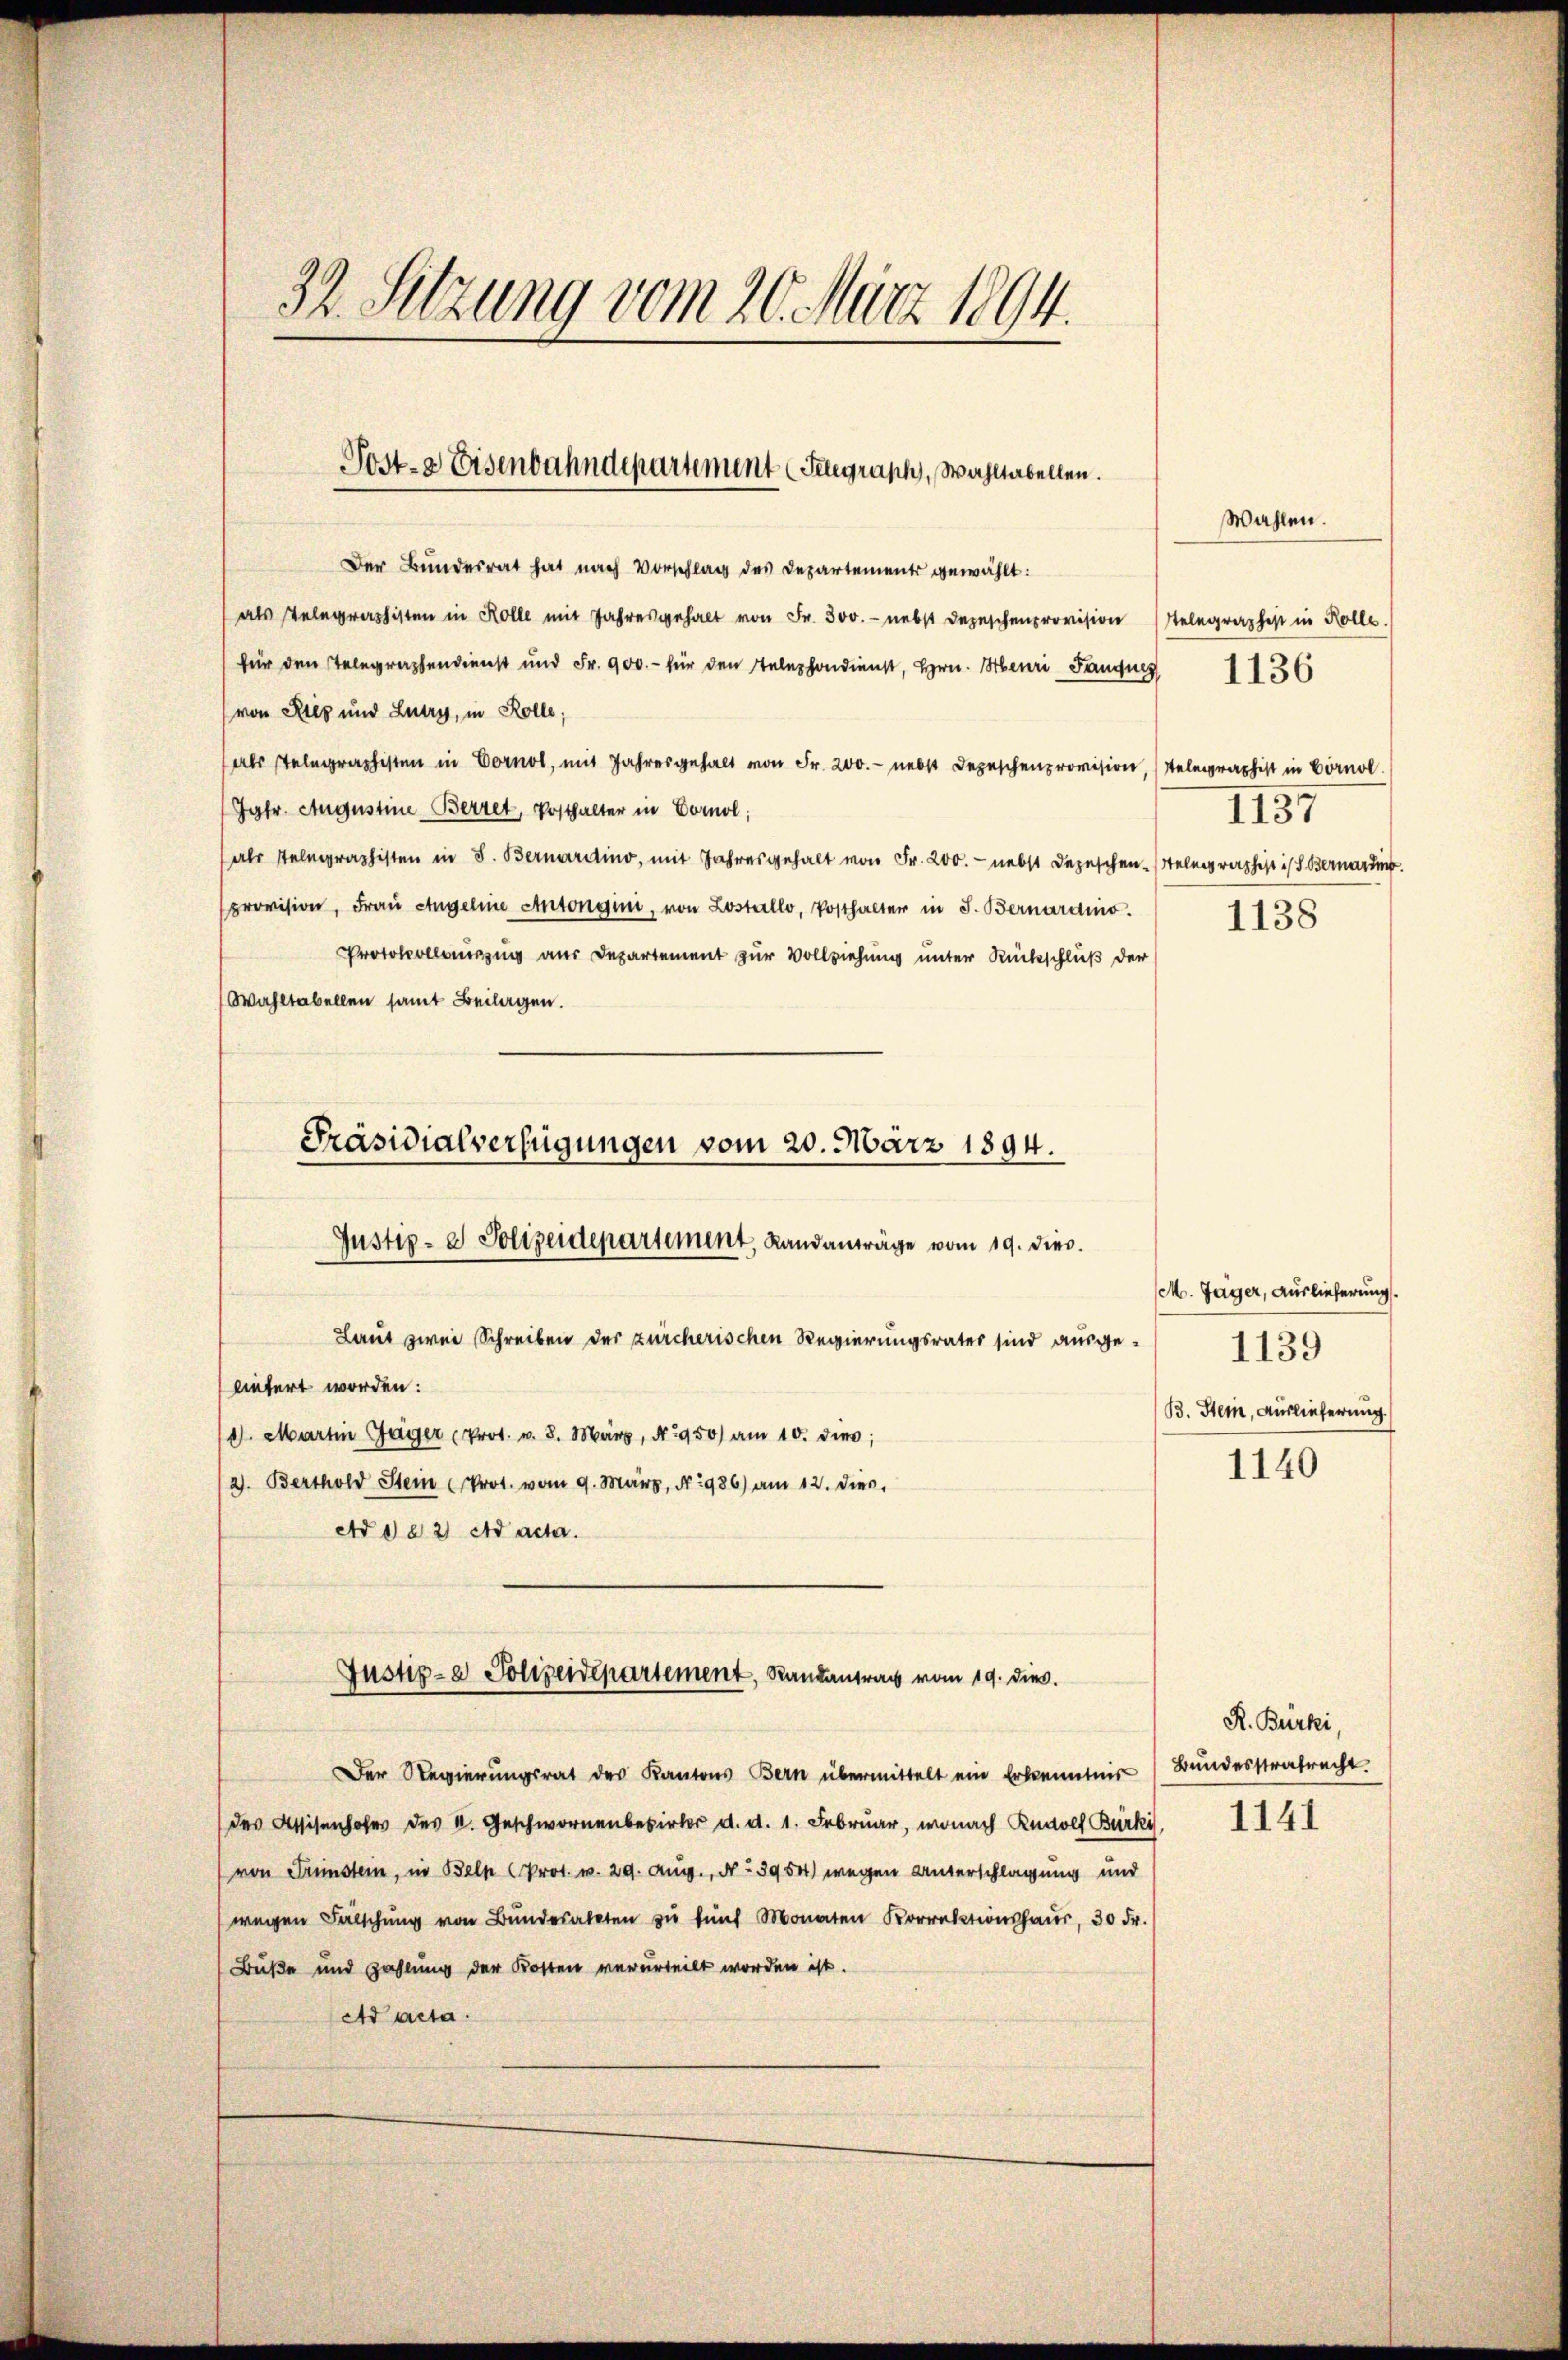
32. Setzung vom 20. März 1894.

Post- & Eisenbahndepartement (Telegraph, Wahltabellen.

Der Bundesrat hat nach Vorschlag des Departements gewählt:
als Telegraphisten in Kolle mit Jahresgehalt von Fr. 500.- nebst Depeschenprovision Stelegraphest in Kolle.
für den Telegraphendienst und Fr. 900.- für den Telephondienst, Hrn. Henri Fanques 1136
(von Rieg und Lutry, in Kolle;
(als Telegraphisten in Vorno, mit Jahresgehalt von Fr. 200.- nebst Depeschenprovision, Telegraphist in Bornol
Jgfr. Augustine Berret, Posthalter in Comol;
als Telegraphisten in S. Bernardino, mit Jahresgehalt von Fr. 200. nebst Depeschentelegraphist ist Bernarding
provision, Frau Angeline Antongini, von Lostallo, Posthalter in J. Bernardio.
Protokollauszug aus Departement zur Vollziehung unter Rückschluß der
Wahltabellen samt Beilagen.

Präsidialverfügungen vom 20. März 1894.
Justiz- & Polizeidepartement, Landanträge vom 19. dies.

Laut zwei Schreiben der zürcherischen Regierungsrates sind ausge-
liefert worden:
14. Martin Jäger (Prot. v. 8. März, N. 1950) am 10. dies;
2). Berthold Stein (Prot. vom 9. März, No 986) am 12. dies
Ad 1182) ad acta.
Der Regierŭngsrat des Kantons Bern übermittelt ein Erkenntnis Bŭndesstrafrecht.
des Assisenhofe des k. Geschwornenberirter d. d. 1. Februar, wonach Rudolf Bürki
von Fristern, in Beln (Prot. v. 29. Aug., No 3954) wegen Unterschlagung und
(wegen Fälschŭng von Bŭndesalten zŭ fünf Monaten Korrer, 30 Fr.
Buße und Zahlung der Kosten verurteilt worden ist.
Ad acta.

Justiz- & Polizeidepartement, Randantrag vom 19. dies.

Wahlen.
1137

1138

M. Jäger, Auslieferung.
1139
B. Stein, Auslieferung.

1140

R. Bürki,

1141